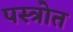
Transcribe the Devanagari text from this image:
पस्त्रोत